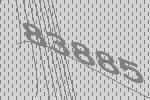
83885